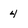
Character: 4